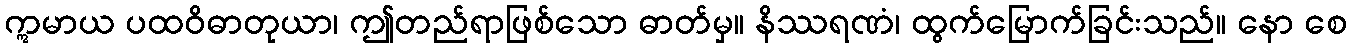
ဣမာယ ပထဝိဓာတုယာ၊ ဤတည်ရာဖြစ်သော ဓာတ်မှ။ နိဿရဏံ၊ ထွက်မြောက်ခြင်းသည်။ နော စေ